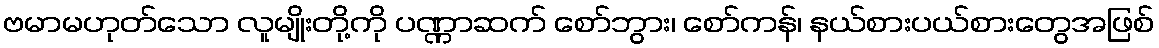
ဗမာမဟုတ်သော လူမျိုးတို့ကို ပဏ္ဏာဆက် စော်ဘွား၊ စော်ကန်၊ နယ်စားပယ်စားတွေအဖြစ်